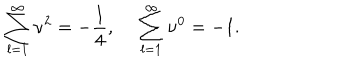
LaTeX: \sum _ { l = 1 } ^ { \infty } \nu ^ { 2 } = - \frac { 1 } { 4 } , ~ \sum _ { l = 1 } ^ { \infty } \nu ^ { 0 } = - 1 .